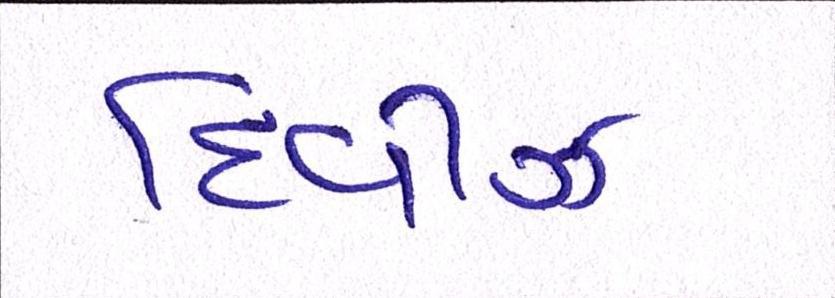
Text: દિવીઝ